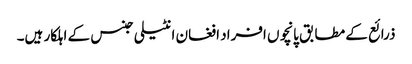
ذرائع کے مطابق پانچوں افراد افغان انٹیلی جنس کے اہلکار ہیں۔